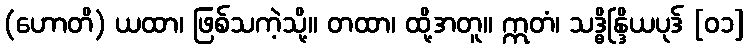
(ဟောတိ) ယထာ၊ ဖြစ်သကဲ့သို့။ တထာ၊ ထို့အတူ။ ဣတံ၊ သဒ္ဓိန္ဒြိယပုဒ် [၀၁]